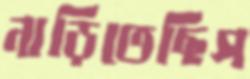
নাড়িতেছিস